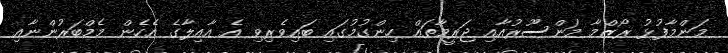
މަންމާފުޅު ރޯޒްމާ މަންސޫރުއާއި ޖަރީމާތައް ހިންގުމުގައި ބައިވެރިވި އެ އާއިލާގެ އެހެން މެމްބަރުންނާއި